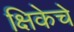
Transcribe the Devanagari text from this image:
क्षिकेचे